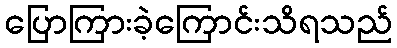
ပြောကြားခဲ့ကြောင်းသိရသည်